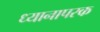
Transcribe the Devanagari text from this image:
ध्यानापरक